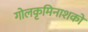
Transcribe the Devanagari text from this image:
गोलकृमिनाशकों